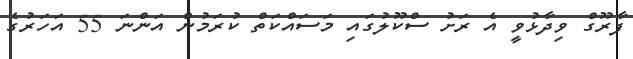
ފާރޫގް ވިދާޅުވީ އެ ރަށު ސްކޫލުގައި މަސައްކަތް ކުރަމުން އަންނަ 55 އަހަރުގެ